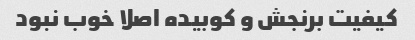
کیفیت برنجش و کوبیده اصلا خوب نبود